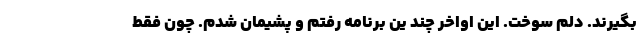
بگیرند. دلم سوخت. این اواخر چند ین برنامه رفتم و پشیمان شدم. چون فقط